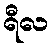
ရီလ